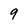
Character: 9